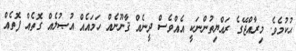
ޙުކުމެވެ. މިރާއްޖޭގެ ރައްޔިތުންނަކީ އެއްވެސް ދީނެއް ޤާނޫނެއް ހަމައެއް އުޞުލެއް ގޮތެއް ފޮތެއް